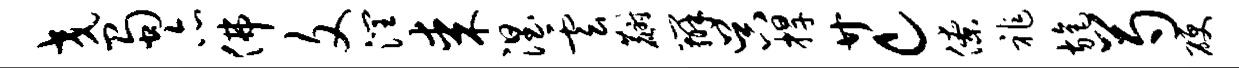
交蜀亦佛文润某涅云麝辨吴捍廿c僚祚旄芍硬